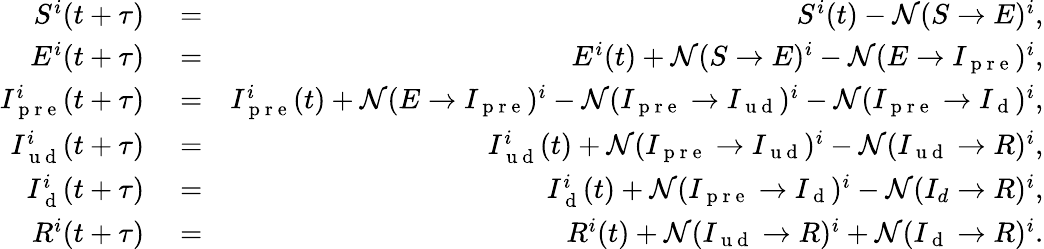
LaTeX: \begin{array}{rlr}{S^{i}(t+\tau)}&{{}=}&{S^{i}(t)-\mathcal{N}(S\rightarrow E)^{i},}\\ {E^{i}(t+\tau)}&{{}=}&{E^{i}(t)+\mathcal{N}(S\rightarrow E)^{i}-\mathcal{N}(E\rightarrow I_{\mathrm{~p~r~e~}})^{i},}\\ {I_{\mathrm{~p~r~e~}}^{i}(t+\tau)}&{{}=}&{I_{\mathrm{~p~r~e~}}^{i}(t)+\mathcal{N}(E\rightarrow I_{\mathrm{~p~r~e~}})^{i}-\mathcal{N}(I_{\mathrm{~p~r~e~}}\rightarrow I_{\mathrm{~u~d~}})^{i}-\mathcal{N}(I_{\mathrm{~p~r~e~}}\rightarrow I_{\mathrm{~d~}})^{i},}\\ {I_{\mathrm{~u~d~}}^{i}(t+\tau)}&{{}=}&{I_{\mathrm{~u~d~}}^{i}(t)+\mathcal{N}(I_{\mathrm{~p~r~e~}}\rightarrow I_{\mathrm{~u~d~}})^{i}-\mathcal{N}(I_{\mathrm{~u~d~}}\rightarrow R)^{i},}\\ {I_{\mathrm{~d~}}^{i}(t+\tau)}&{{}=}&{I_{\mathrm{~d~}}^{i}(t)+\mathcal{N}(I_{\mathrm{~p~r~e~}}\rightarrow I_{\mathrm{~d~}})^{i}-\mathcal{N}(I_{d}\rightarrow R)^{i},}\\ {R^{i}(t+\tau)}&{{}=}&{R^{i}(t)+\mathcal{N}(I_{\mathrm{~u~d~}}\rightarrow R)^{i}+\mathcal{N}(I_{\mathrm{~d~}}\rightarrow R)^{i}.}\end{array}